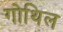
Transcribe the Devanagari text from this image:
गोथिल